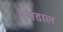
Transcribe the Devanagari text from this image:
रैनडाल